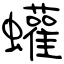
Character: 蠸